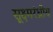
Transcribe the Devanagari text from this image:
सूक्ष्मरंध्रीय